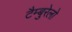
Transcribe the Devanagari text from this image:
टैम्बुरेलो